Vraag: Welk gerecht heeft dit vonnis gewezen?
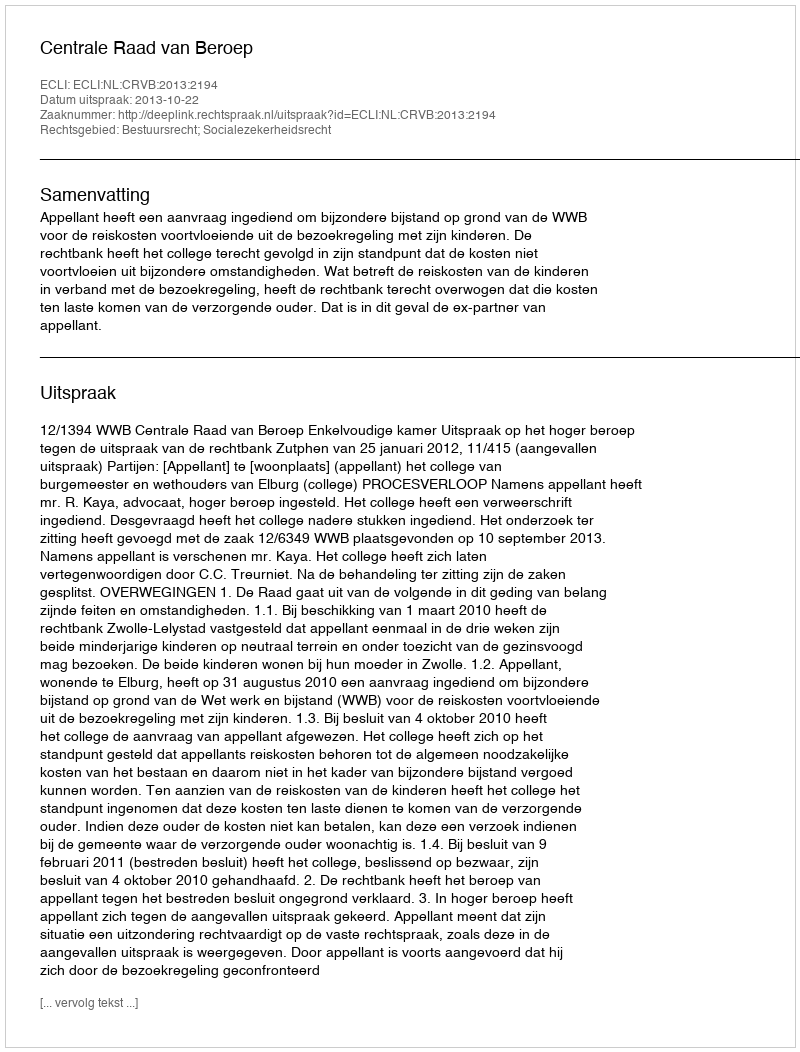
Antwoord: Centrale Raad van Beroep